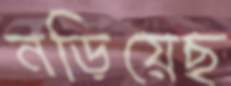
নড়িয়েছ